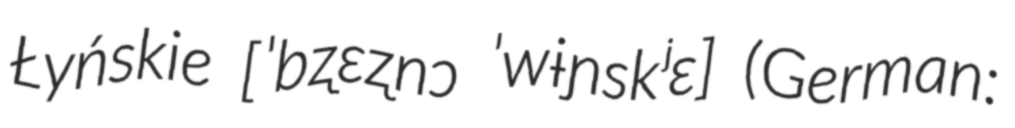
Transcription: Łyńskie [ˈbʐɛʐnɔ ˈwɨɲskʲɛ] (German: